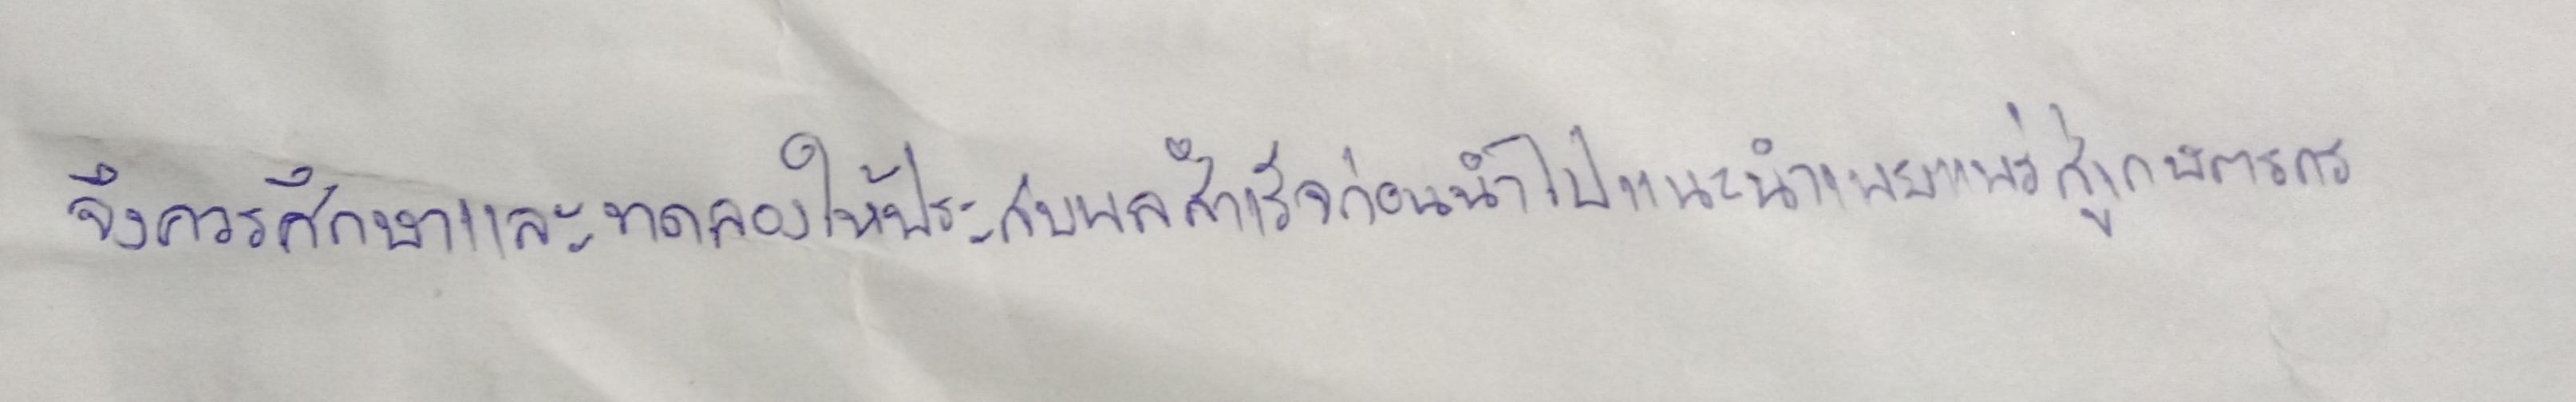
จึงควรศึกษาและทดลองให้ประสบผลสำเร็จก่อนนำไปแนะนำเผยแพร่สู่เกษตรกร